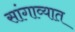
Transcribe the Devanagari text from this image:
सांगाव्यात